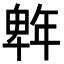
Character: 𭙆